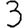
Digit: 3